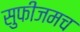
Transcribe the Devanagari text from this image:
सुफीजमच